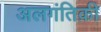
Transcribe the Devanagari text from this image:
अलगंतिक़ी